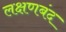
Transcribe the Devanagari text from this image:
लक्षणबंद